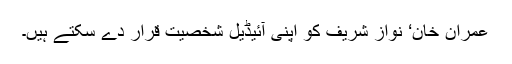
عمران خان‘ نواز شریف کو اپنی آئیڈیل شخصیت قرار دے سکتے ہیں۔